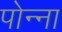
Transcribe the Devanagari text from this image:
पोन्ना